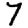
Digit: 7